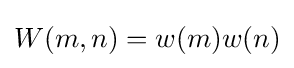
W(m,n)=w(m)w(n)